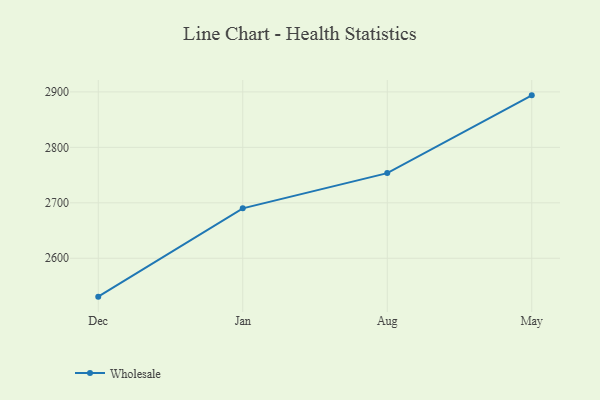
{"axis": {"x": "Month", "y": "Shipments"}, "legend": ["Wholesale"], "data": [{"x": "Dec", "y": 2530.8, "type": "Wholesale"}, {"x": "Jan", "y": 2690.0, "type": "Wholesale"}, {"x": "Aug", "y": 2753.6, "type": "Wholesale"}, {"x": "May", "y": 2893.8, "type": "Wholesale"}]}